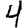
Digit: 4